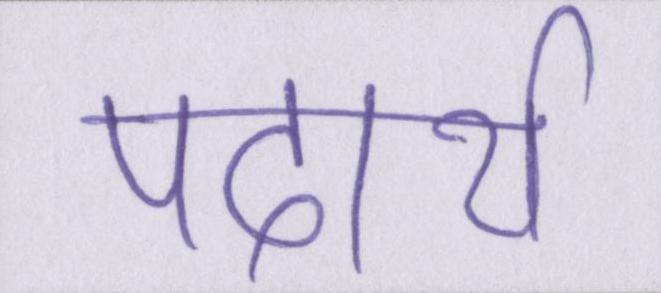
पदार्थ